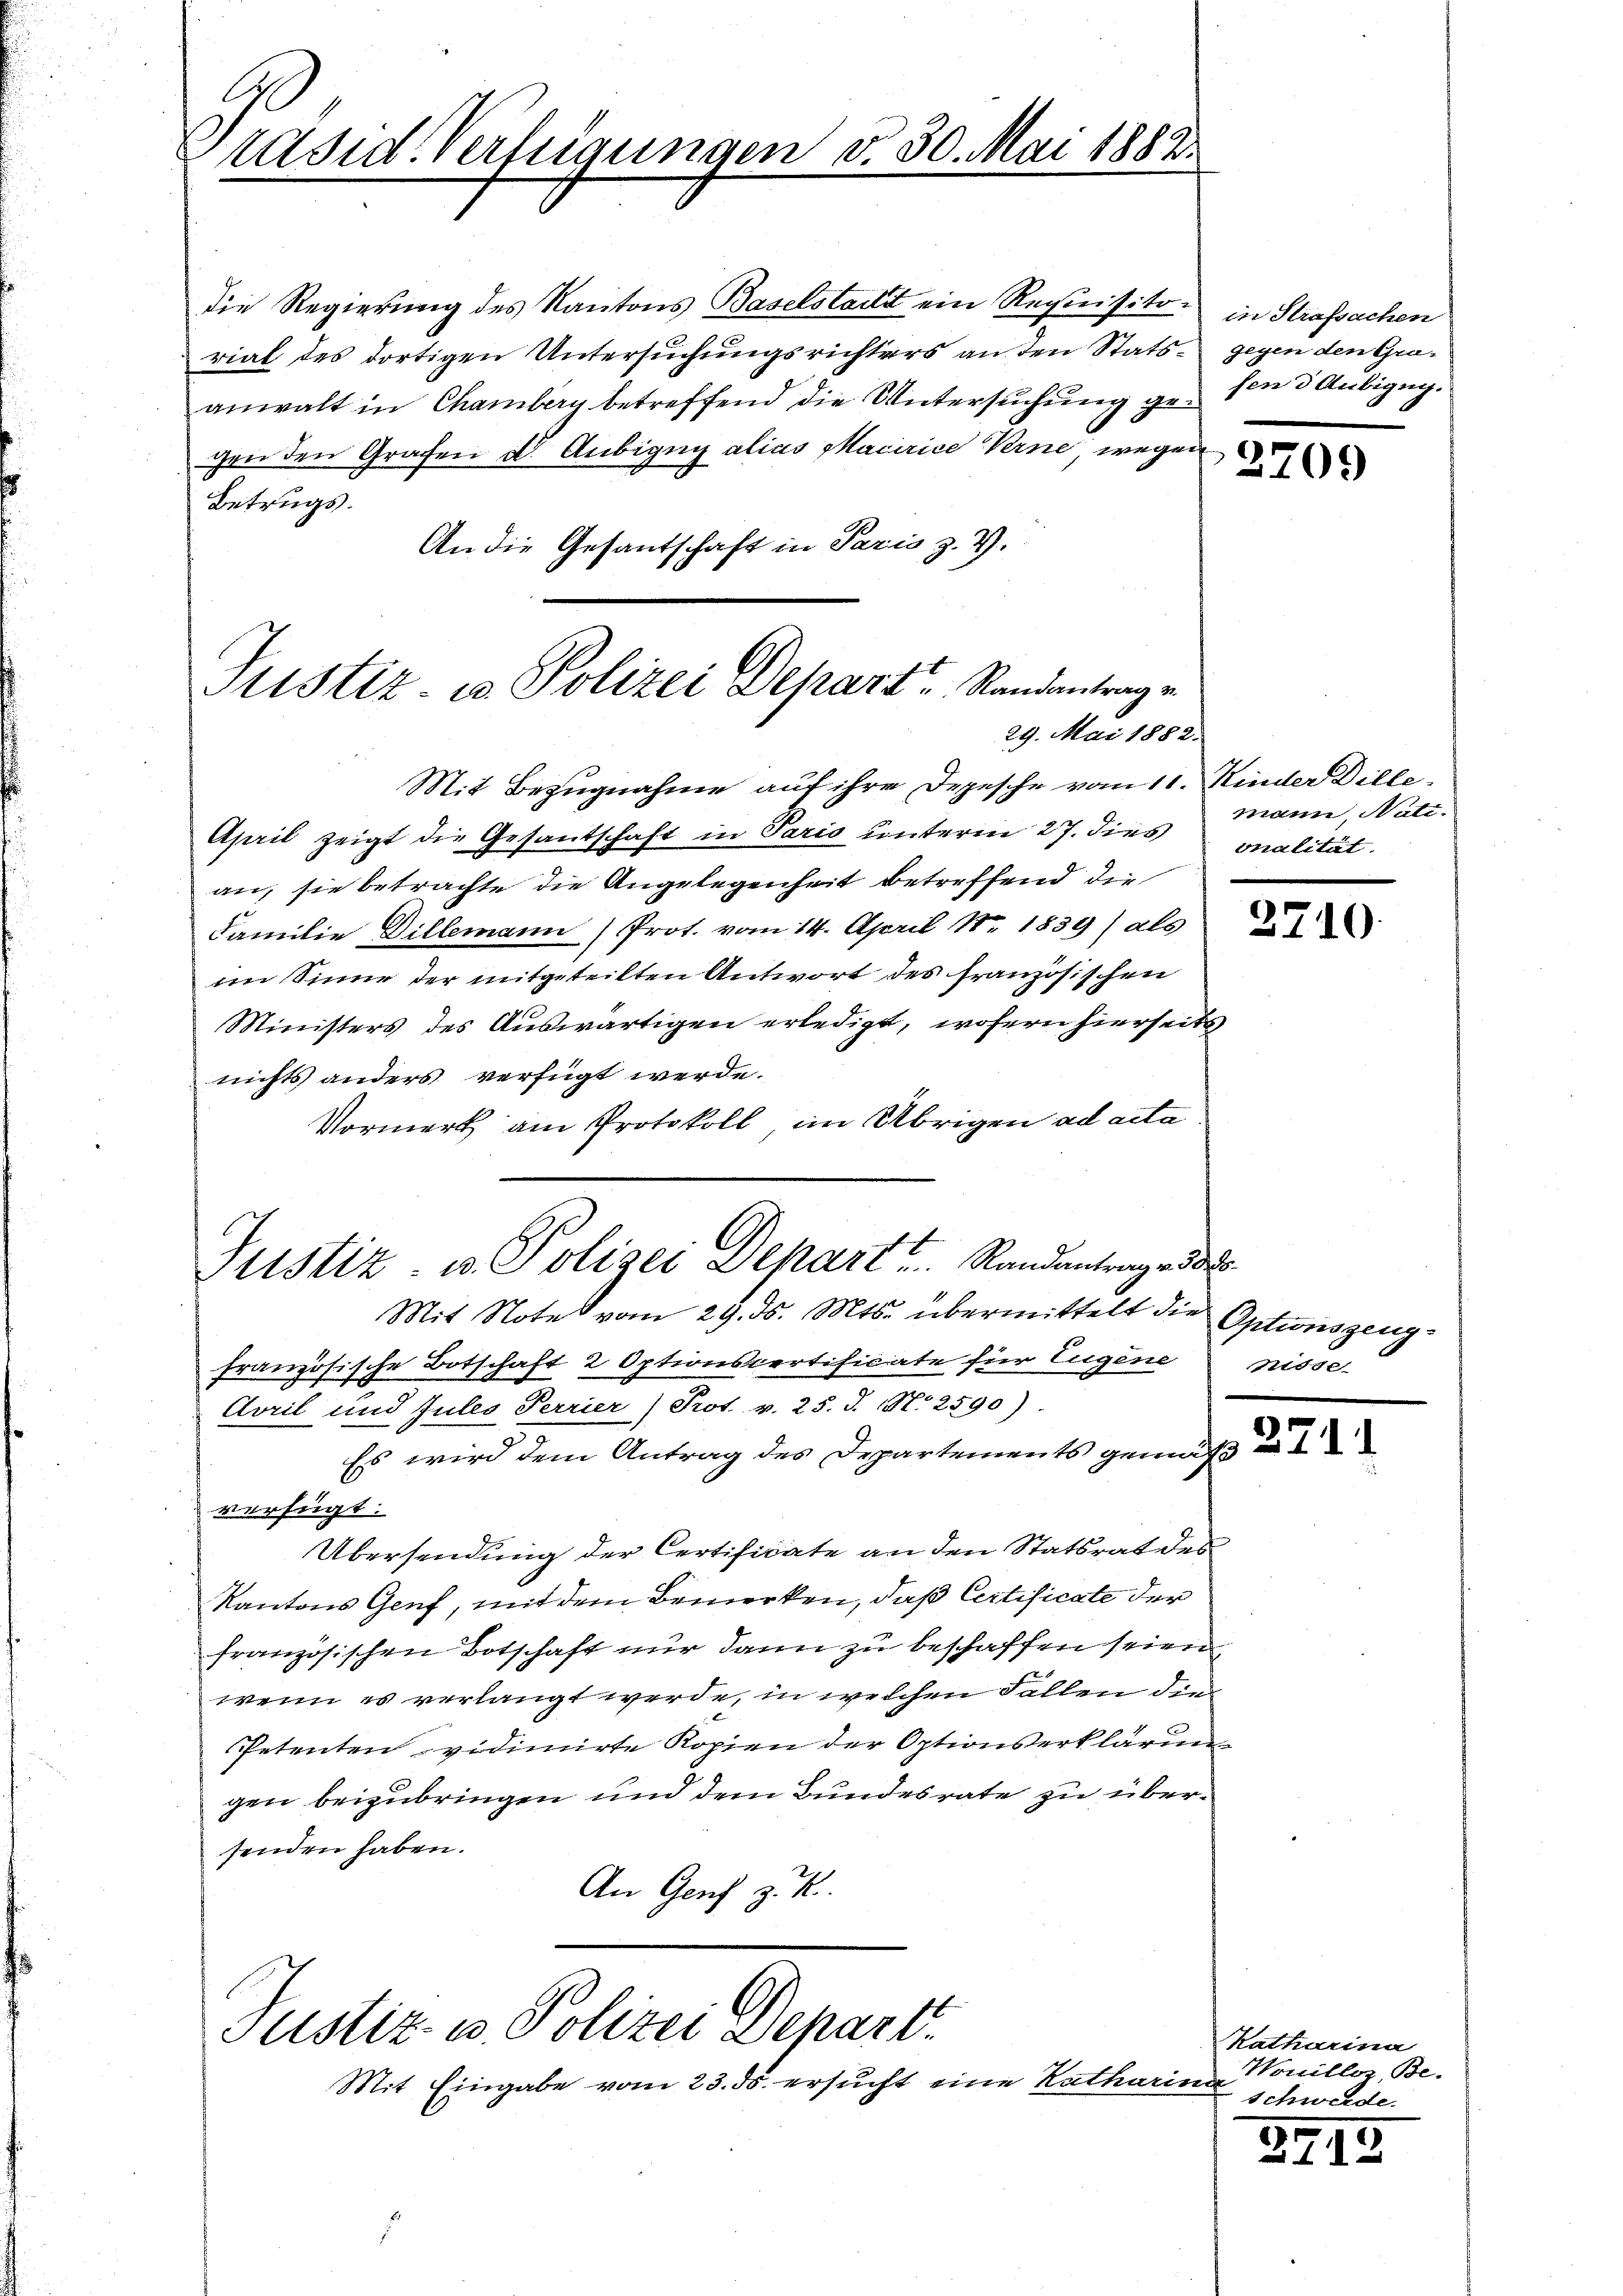
l
räsid. Verfügungen d. 30. Mai 1882

die Regierung des Kantons Baselstadt ein Requisitorial des dortigen Untersuchungsrichters an den Stats gegen den Graanwalt in Chamberg betreffend die Untersuchung gehen 3 Aubigung.
gen den Grafen d. Aubigen alias Macirice Verne wegen
Betrugs.
An die Gesantschaft in Paris z. Z.

Justiz- u Polizei Depart Randantrag e
29. Mai 1882.

Mit Bezugnahme auf ihre Depesche vom 11. Kinder Dille
April zeigt die Gesantschaft in Paris unterm 27. dies onalität.
an, sie betrachte die Angelegenheit betreffend die
Familie Dillemann (Prot. vom 14. April 18. 1839) als
im Sinne der mitgeteilten Antwort des französischen
Ministers des Auswärtigen erledigt, wofern hierseits
nichts anders verfügt werde.
Vormerk am Protokoll, im Übrigen ad acta
Mit Note vom 29. ds. Mts. übermittelt die Optionszeugfranzösische Botschaft 2 Optionspertificate für Eugene
Avril und Jules Terrier (Prot. v. 25. d. N. 2590)
Es wird dem Antrag des Departements gemäß
verfügt:
Übersendung der Certificate an den Statsrat des
Kantons Genf, mit dem Bemerken, daß Certificate der
französischen Botschaft nur dann zu beschaffen seien
wenn es verlangt werde, in welchen Fallen die
Petenten vidimirte Kopien der Optionserklärung
gen beizubringen und dem Bundesrate zu übersenden haben.
An Genf z. B.

Justiz u. Polizei Depart u. Randantrage d

Justiz u. Polizei Depart
Mit Eingabe vom 23. ds. ersucht eine Katharina

in Strafsachen

3709

mann, Nati

2710

nisse

Katharina
Wouille Be-
schwerde.

347